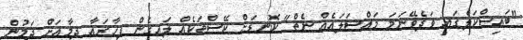
"ބައިސްކަލްގައި ވަދެވޭނަމަ މައްސަލައެއް ނެތް" ކޮނޑަށް ކޭސްތަކެއް ލައިގެން ފިހާރައާ ދިމާއަށް ދަމުން